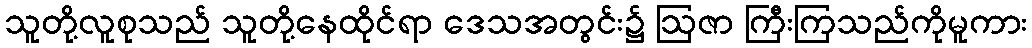
သူတို့လူစုသည် သူတို့နေထိုင်ရာ ဒေသအတွင်း၌ ဩဇာ ကြီးကြသည်ကိုမူကား